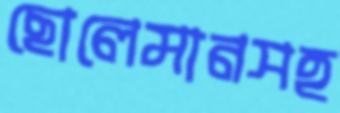
ছোলেমানসহ